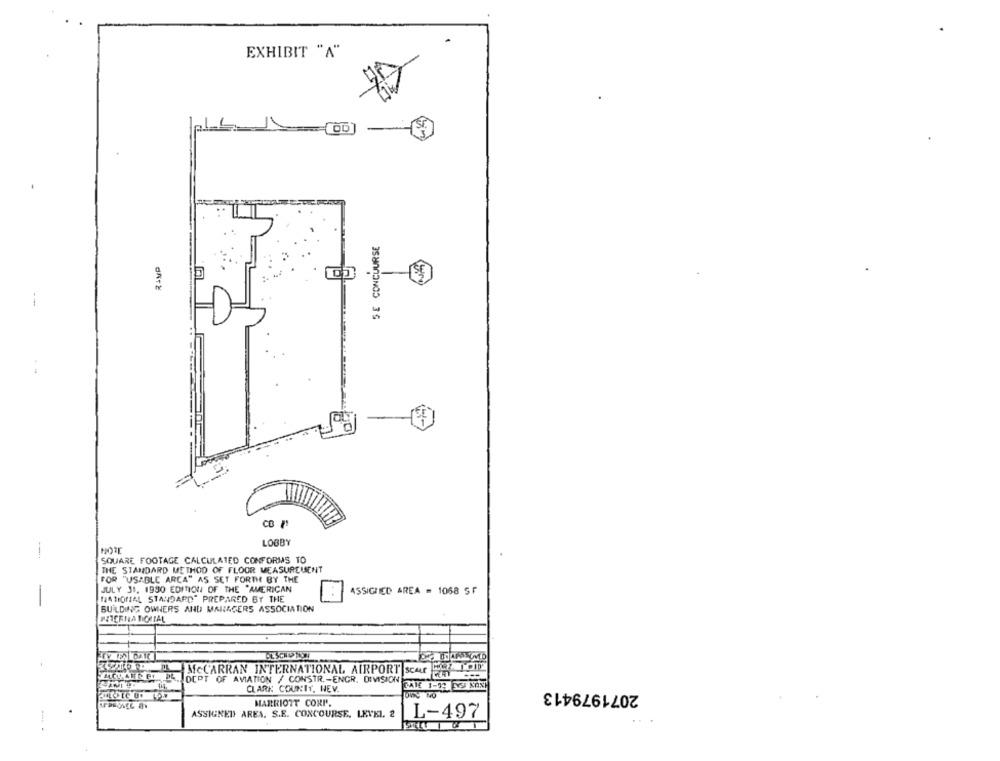
EXHIBIT "A"
SE CONCOURSE
RAMP
CO M
LOBBY
SQUARE FOOTAGE CALCULATED CONFORMS TO
THE STANDARD METHOD OF FLOOR MEASUREMENT
FOR "USABLE ARCA" AS SET FORTH BY THE
JULY 31. 1990 EDITION OF THE "AMERICAN
ASSIGNED AREA = 1068 5F
NATIONAL STANDARD" PREPARED BY THE
BUILDING OWNERS AND MANAGERS ASSOCIATION
MITERNA DOSTAL
MCCARRAN INTERNATIONAL AIRPORT SCALE
FACHAIFE PE PLOCPT OF AVIATION / CONSTR .- ENCR. DIVISION
2071979413
CLARK COUNTY, HEV.
MARRIOTT CORP.
ASSIGNED AREA. S.E. CONCOURSE, LEVEL. 2
L-497